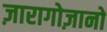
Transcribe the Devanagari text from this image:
ज़ारागोज़ानो